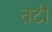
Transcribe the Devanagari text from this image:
तटी